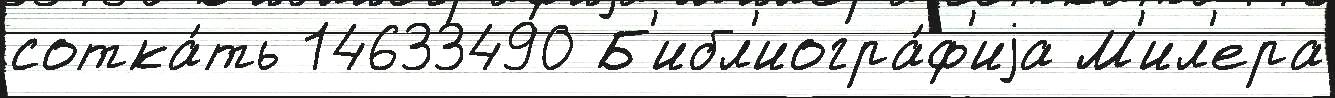
сотка́ть 14633490 Б'ибл'иогра́ф'иjа М'ил'ера